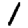
Digit: 1